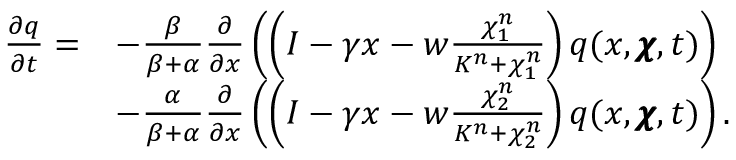
\begin{array} { r l } { \frac { \partial q } { \partial t } = } & { - \frac { \beta } { \beta + \alpha } \frac { \partial } { \partial x } \left( \left( I - \gamma x - w \frac { \chi _ { 1 } ^ { n } } { K ^ { n } + \chi _ { 1 } ^ { n } } \right) q ( x , \pmb { \chi } , t ) \right) } \\ & { - \frac { \alpha } { \beta + \alpha } \frac { \partial } { \partial x } \left( \left( I - \gamma x - w \frac { \chi _ { 2 } ^ { n } } { K ^ { n } + \chi _ { 2 } ^ { n } } \right) q ( x , \pmb { \chi } , t ) \right) . } \end{array}